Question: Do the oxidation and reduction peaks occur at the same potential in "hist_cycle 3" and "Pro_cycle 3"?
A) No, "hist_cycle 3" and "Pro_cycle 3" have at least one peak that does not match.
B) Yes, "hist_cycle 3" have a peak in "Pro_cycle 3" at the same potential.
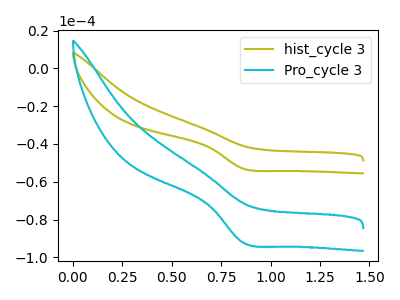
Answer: <think>The olive curve "hist_cycle 3" has a cathodic peak at: (0.85V, -52.95uA). The cyan curve "Pro_cycle 3" has a cathodic peak at: (0.85V, -92.05uA).</think>
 <answer>B) Yes, "hist_cycle 3" have a peak in "Pro_cycle 3" at the same potential.</answer>
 <eval>B</eval>